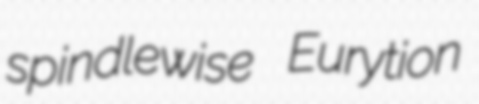
spindlewise Eurytion